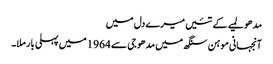
مدھو لمیے کے تئیں میرے دل میں
آنجہانی موہن سنگھ میں مدھو جی سے 1964 میں پہلی بار ملا۔